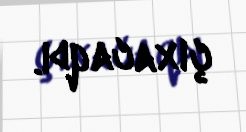
çıxacaqdı.